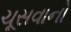
ચૂસવાનો